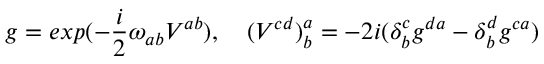
g = e x p ( - \frac { i } { 2 } \omega _ { a b } V ^ { a b } ) , \quad ( V ^ { c d } ) _ { b } ^ { a } = - 2 i ( \delta _ { b } ^ { c } g ^ { d a } - \delta _ { b } ^ { d } g ^ { c a } )